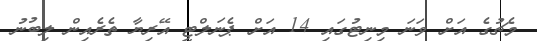
މެޗުގެ އަށް ވަނަ މިނިޓުގައި 14 އަށް ޕެނަލްޓީ އޭރިޔާ ތެރެއިން ލިބުނު